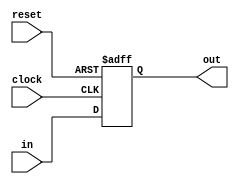
module pipe_reg(
	input [31:0] in,
    input clock,
	input reset,
	output reg [31:0]out
	);
	always @(posedge clock,negedge reset) 
	begin
		if(!reset)
			out <= 32'h0000_0000;
		else 
			out <= in;
	end	
endmodule